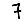
Digit: 7